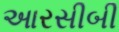
આરસીબી